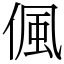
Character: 偑